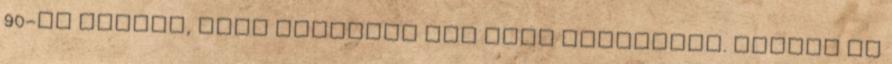
90-ig vissza, hogy ezügyben nem tett lépéseket. Nektek az